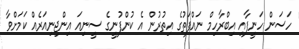
ހަސަން ހަނީފާއި އިބްރާހިމް ނައްފަތުގެ އިތުރުން އެ ކުންފުނީގެ ސީނިއަ އިންޖިނިއަރެއް ކަމަށްވާ